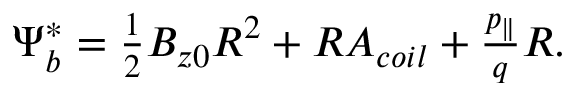
\begin{array} { r } { \Psi _ { b } ^ { * } = \frac { 1 } { 2 } B _ { z 0 } R ^ { 2 } + R A _ { c o i l } + \frac { p _ { \| } } { q } R . } \end{array}